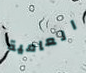
العامية